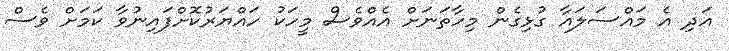
އަދި އެ މައްސަލައާ ގުޅިގެން މިހާތަނަށް އެއްވެސް މީހަކު ހައްޔަރުކޮށްފައިނުވާ ކަމަށް ވެސް